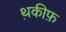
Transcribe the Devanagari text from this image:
थ़कीफ़